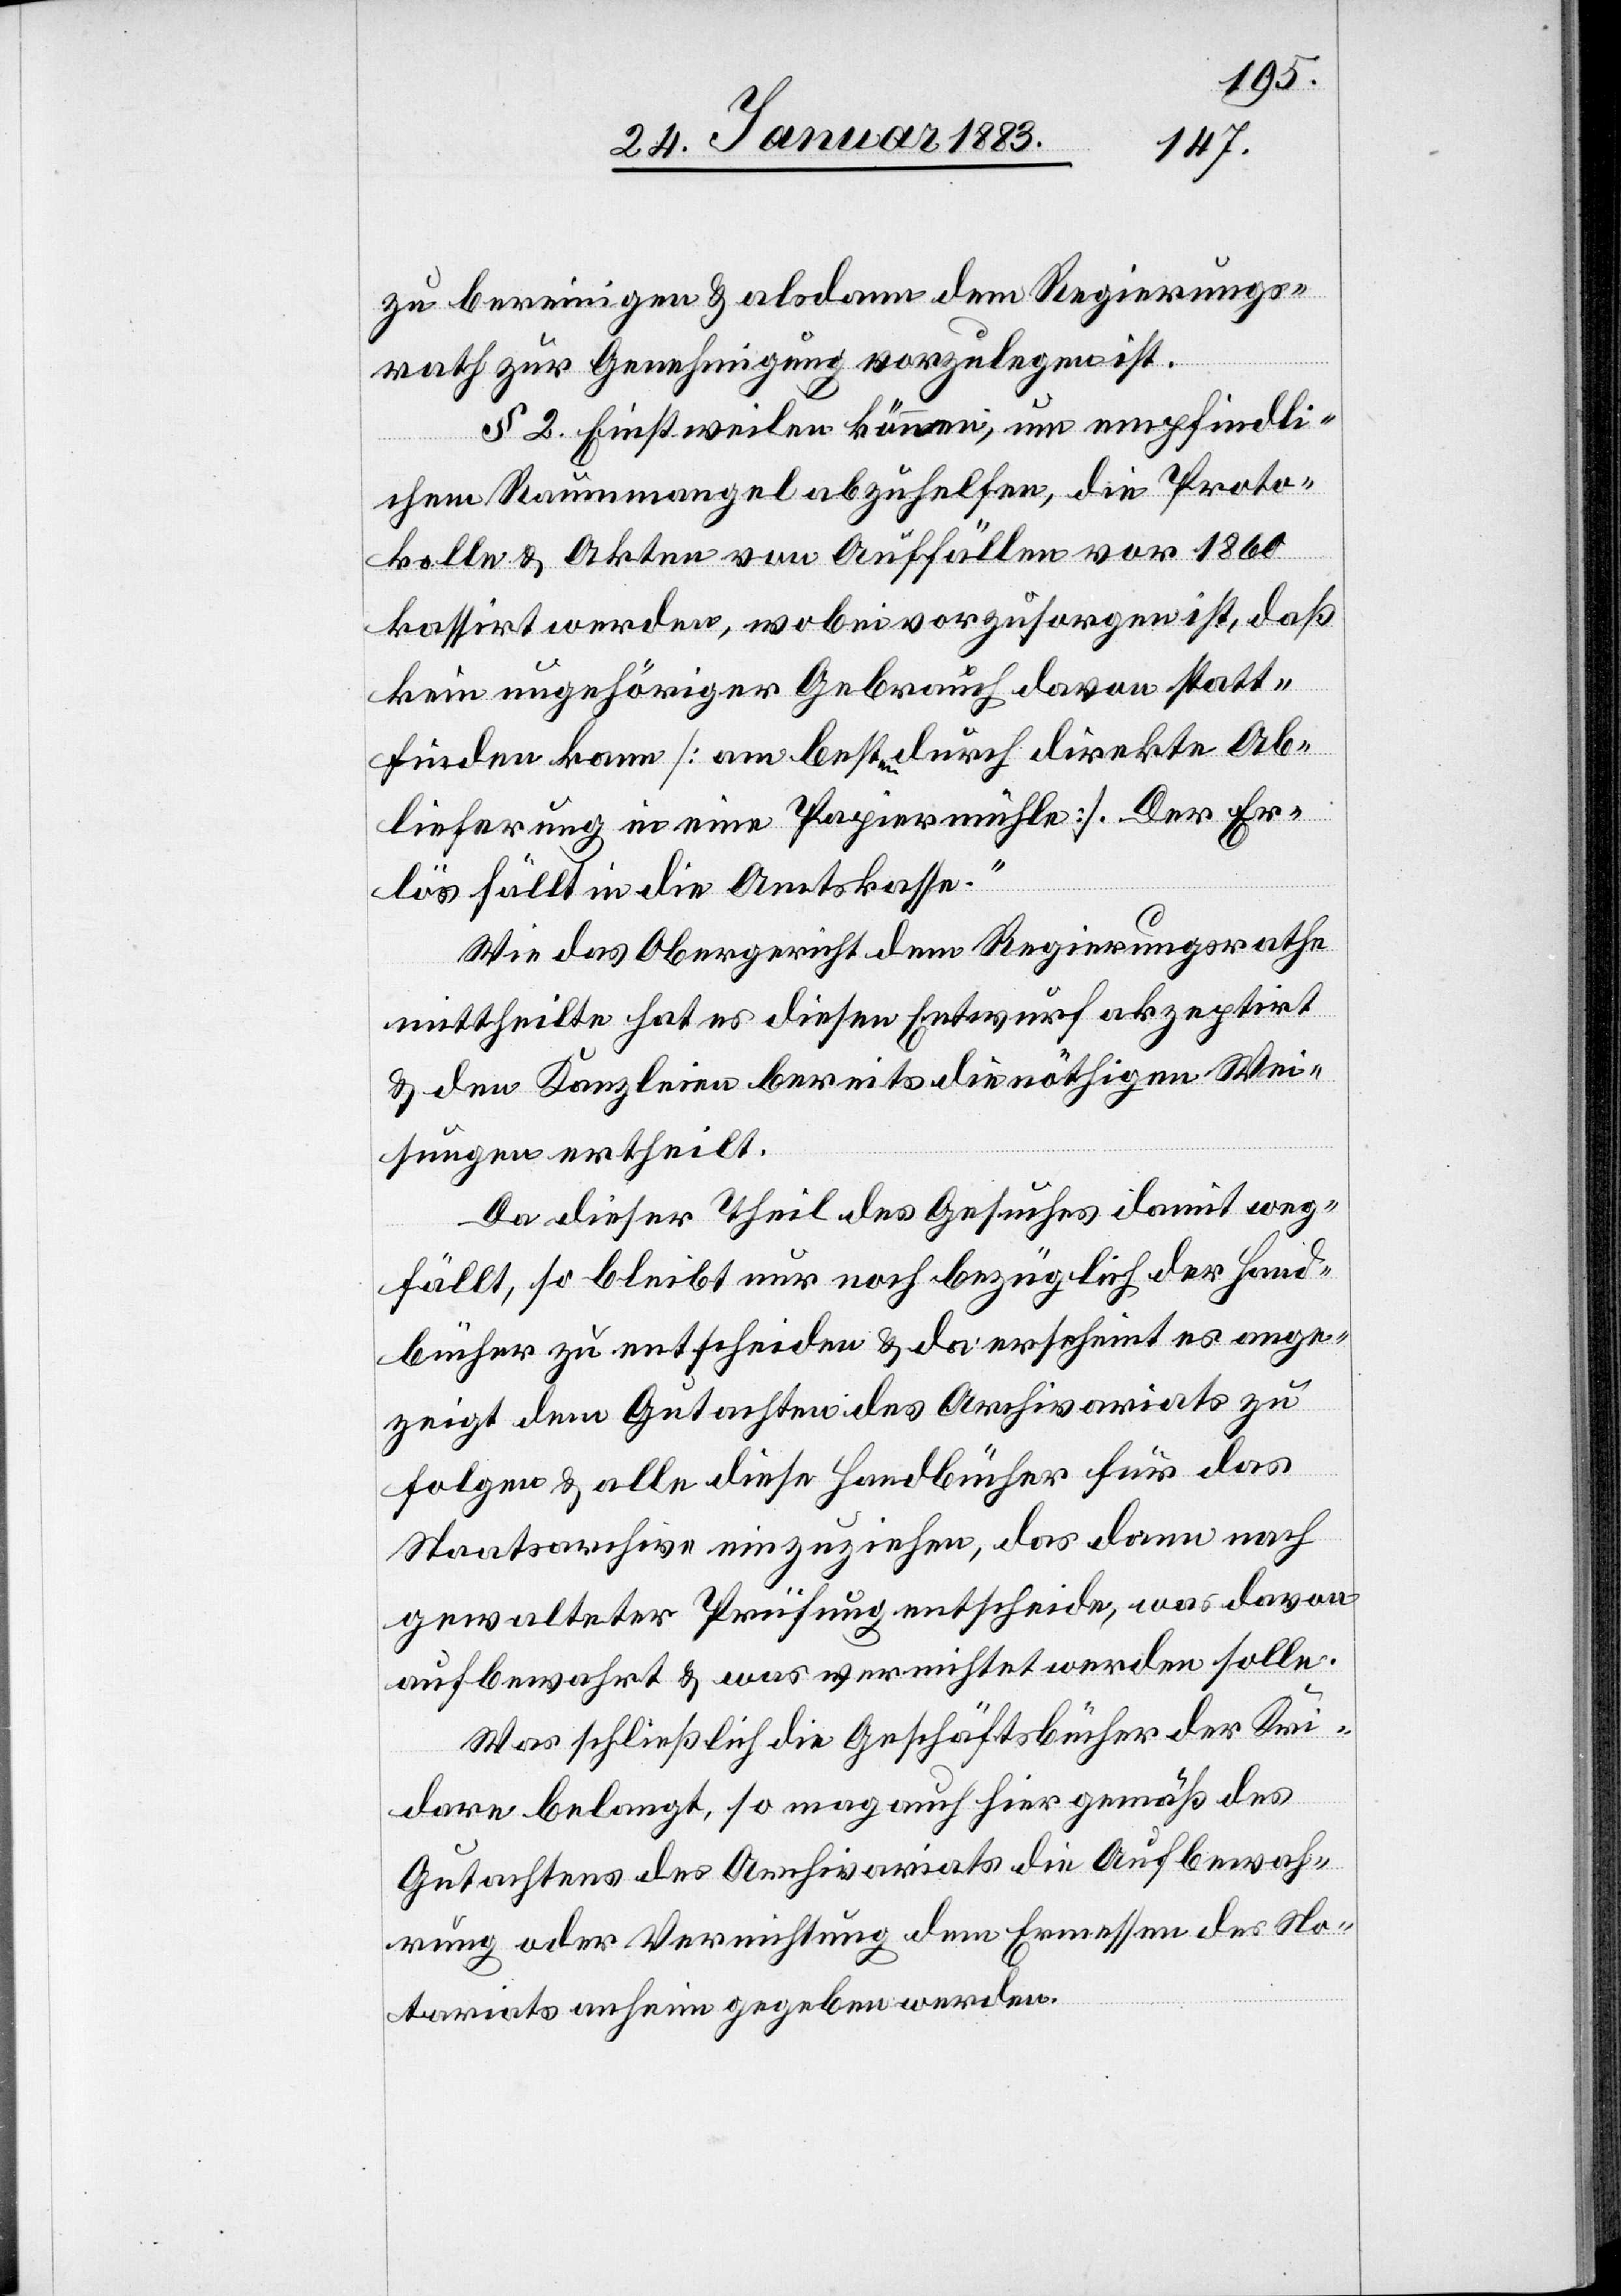
zu bereinigen & alsdann dem Regierungs¬
rath zur Genehmigung vorzulegen ist.
§ 2. Einstweilen können, um empfindli¬
chem Raummangel abzuhelfen, die Proto¬
kolle & Akten von Auffällen vor 1860
kassirt werden, wobei vorzusorgen ist, daß
kein ungehöriger Gebrauch davon statt¬
finden kann [am besten durch direkte Ab¬
lieferung in eine Papiermühle]. Der Er¬
lös fällt in die Amtskasse.“
Wie das Obergericht dem Regierungsrathe
mittheilte hat es diesen Entwurf akzeptirt
& den Kanzleien bereits die nöthigen Wei¬
sungen ertheilt.
Da dieser Theil des Gesuches damit weg¬
fällt, so bleibt nur noch bezüglich der Hand¬
bücher zu entscheiden & da erscheint es ange¬
zeigt dem Gutachten des Archivariats zu
folgen & alle diese Handbücher für das
Staatsarchive einzuziehen, das dann nach
gewalteter Prüfung entscheide, was davon
aufbewahrt & was vernichtet werden solle.
Was schließlich die Geschäftsbücher der Kri¬
dare belangt, so mag auch hier gemäß des
Gutachtens des Archivariats die Aufbewah¬
rung oder Vernichtung dem Ermessen des No¬
tariats anheim gegeben werden.